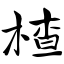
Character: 楂